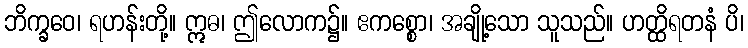
ဘိက္ခဝေ၊ ရဟန်းတို့။ ဣဓ၊ ဤလောက၌။ ဧကစ္စော၊ အချို့သော သူသည်။ ဟတ္ထိရတနံ ပိ၊